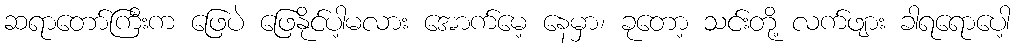
ဆရာတော်ကြီးက ဖြေပဲ ဖြေနိုင်ပါ့မလား အောက်မေ့ နေမှာ၊ ခုတော့ သင်းတို့ လက်ဖျား ခါရရောပေါ့